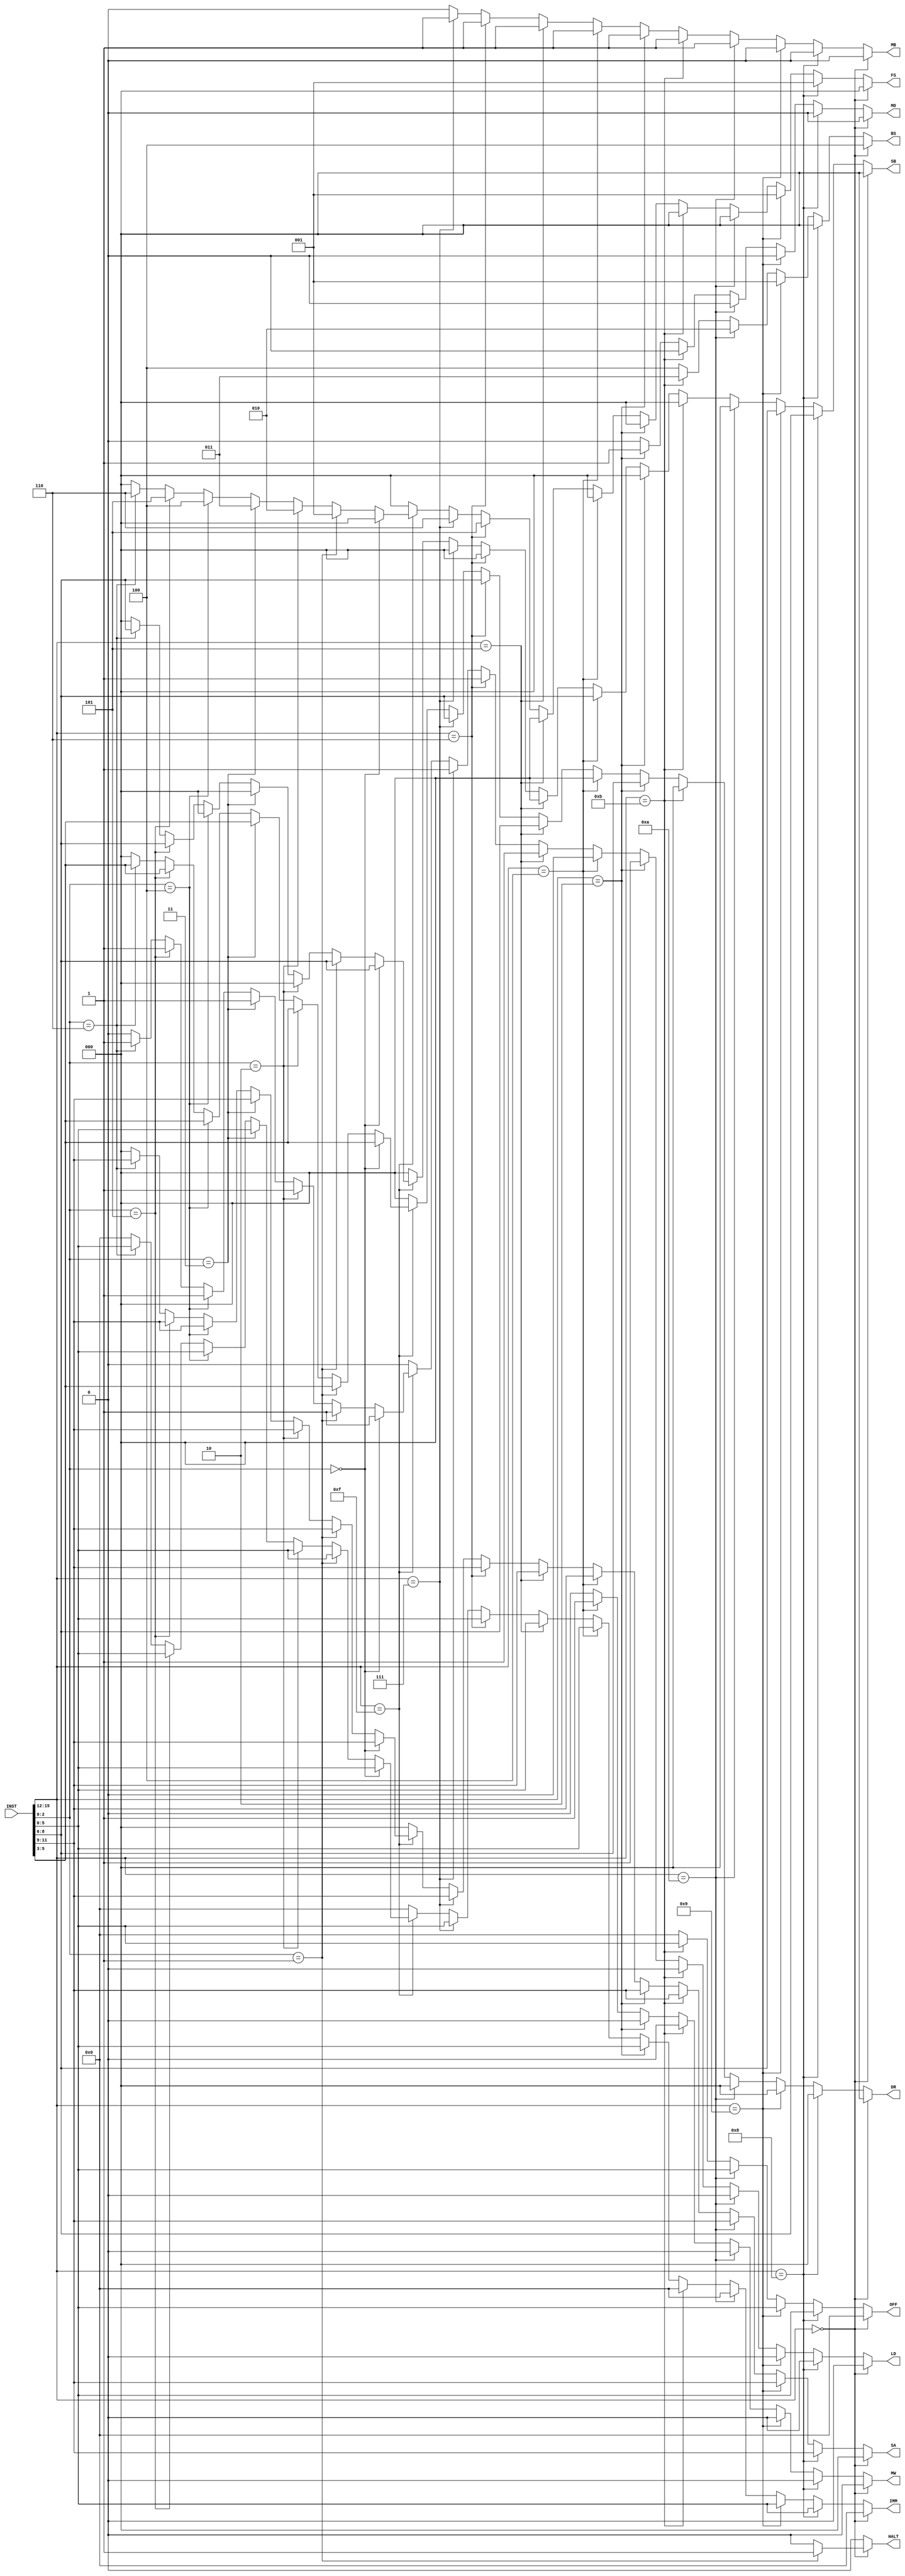
module decoder(INST, DR, SA, SB, IMM, MB, FS, MD, LD, MW, BS, OFF, HALT);

	input [15:0]INST;
	output [2:0]BS;
	output [5:0]OFF;
	output HALT;
	
	
	output [2:0]  DR;
	output [2:0]  SA;
	output [2:0]  SB;
	output [5:0]  IMM;
	output        MB;
	output [2:0]  FS;
	output        MD;
	output        LD;
	output        MW;
	
	
	reg [2:0]  DR;
	reg [2:0]  SA;
	reg [2:0]  SB;
	reg [5:0]  IMM;
	reg        MB;
	reg [2:0]  FS;
	reg        MD;
	reg        LD;
	reg        MW;
	reg        HALT;
	reg [5:0]  OFF;
	reg [2:0]  BS;
	
   wire [3:0]OP;
	wire [2:0]RS;
	wire [2:0]RT;
	wire [2:0]RD;
	wire [2:0]FUNCT;
	
	
	assign OP  =  INST[15:12];
	assign RS = INST[11:9];
	assign RT = INST[8:6];
	assign RD = INST[5:3];
	assign FUNCT = INST[2:0];
	
	
	
	always@(*) begin
	if(OP == 4'b0000) begin
		if(FUNCT == 3'b001) begin
		DR = 3'b000; 
		SA = 3'b000;
		SB = 3'b000; 
		IMM = 6'b000000;
		MB = 0; 
		FS = 3'b000; 
		MD = 0; 
		LD = 0; 
		MW = 0; 
		HALT = 1;
		BS = 3'b100;
		OFF = 6'b000000;
		end
		else begin
		DR = 3'b000; 
		SA = 3'b000;
		SB = 3'b000; 
		IMM = 6'b000000;
		MB = 0; 
		FS = 3'b000; 
		MD = 0; 
		LD = 0; 
		MW = 0; 
		HALT = 0;
		BS = 3'b100;
		OFF = 6'b000000;
		end
	end
	
	else if(OP == 4'b1000)begin // BEQ  Z
		DR = 3'b000; //XXX 
		SA = RS;
		SB = RT; 
		IMM = INST[5:0];
		MB = 0; 
		FS = 3'b001; 
		MD = 0; //X
		LD = 0; 
		MW = 0; 
		HALT = 0;
		BS = 3'b000;
		OFF = INST[5:0];
	end
	
	else if(OP == 4'b1001)begin // BNE  not Z
		DR = 3'b000; //XXX 
		SA = RS;
		SB = RT; 
		IMM = INST[5:0];
		MB = 0; 
		FS = 3'b001; 
		MD = 0; //X
		LD = 0; 
		MW = 0; 
		HALT = 0;
		BS = 3'b001;
		OFF = INST[5:0];
	end
	
	else if(OP == 4'b1010)begin // BGEZ  not N
		DR = 3'b000; //XXX 
		SA = RS;
		SB = 3'b000; //XXX 
		IMM = 6'b000000;
		MB = 1; 
		FS = 3'b000; 
		MD = 0; //X
		LD = 0; 
		MW = 0; 
		HALT = 0;
		BS = 3'b010;
		OFF = INST[5:0];
	end
	
	else if(OP == 4'b1011)begin // BLTZ  N
		DR = 3'b000; //XXX 
		SA = RS;
		SB = 3'b000; //XXX 
		IMM = 6'b000000;
		MB = 1; 
		FS = 3'b000; 
		MD = 0; //X
		LD = 0; 
		MW = 0; 
		HALT = 0;
		BS = 3'b011;
		OFF = INST[5:0];
	end
	
	else if(OP == 4'b0010)begin
	DR = RT; 
   SA = RS;
   SB = 3'b000; //XXX
   IMM = INST[5:0]; //IMM
   MB = 1; 
   FS = 3'b000; //ADD
   MD = 1; 
   LD = 1; //1
   MW = 0; 
	HALT = 0;
	BS = 3'b100;
	OFF = 6'b000000;
	end
	else if(OP == 4'b0100)begin
	DR = 3'b000; //XXX 
   SA = RS;
   SB = RT; 
   IMM = INST[5:0]; //IMM
   MB = 1; //1
   FS = 3'b000; //ADD
   MD = 0; //X 
   LD = 0; 
   MW = 1; //1 
	HALT = 0;
	BS = 3'b100;
	OFF = 6'b000000;
	end
	else if(OP == 4'b0101)begin
	DR = RT; 
   SA = RS;
   SB = 3'b000;//XXX 
   IMM = INST[5:0]; //IMM
   MB = 1; //1
   FS = 3'b000; //ADD
   MD = 0; 
   LD = 1; //1
   MW = 0;  
	HALT = 0;
	BS = 3'b100;
	OFF = 6'b000000;
	end
	else if(OP == 4'b0110)begin
	DR = RT; 
   SA = RS;
   SB = 3'b000;//XXX 
   IMM = INST[5:0]; //IMM
   MB = 1; //1
   FS = 3'b101; //AND
   MD = 0; 
   LD = 1; //1
   MW = 0;  
	HALT = 0;
	BS = 3'b100;
	OFF = 6'b000000;
	end
	else if(OP == 4'b0111)begin
	DR = RT; 
   SA = RS;
   SB = 3'b000;//XXX 
   IMM = INST[5:0]; //IMM
   MB = 1; //1
   FS = 3'b110; //AND
   MD = 0; 
   LD = 1; //1
   MW = 0;  
	HALT = 0;
	BS = 3'b100;
	OFF = 6'b000000;
	end
	else if(OP == 4'b1111)begin
		if(FUNCT == 3'b000) begin
		DR = RD;  
      SA = RS;
      SB = RT;
      IMM = INST[5:0]; 
      MB = 0; 
      FS = 3'b000;
      MD = 0; 
      LD = 1; 
      MW = 0;
		HALT = 0;
		BS = 3'b100;
		OFF = 6'b000000;
		end
		else if(FUNCT == 3'b001) begin
		DR = RD;  
      SA = RS;
      SB = RT;
      IMM = INST[5:0]; 
      MB = 0; 
      FS = 3'b001;
      MD = 0; 
      LD = 1; 
      MW = 0;
		HALT = 0;
		BS = 3'b100;
		OFF = 6'b000000;
		end
		else if(FUNCT == 3'b010) begin
		DR = RD;  
      SA = RS;
      SB = 3'b000; //XXX
      IMM = INST[5:0]; 
      MB = 0; //X
      FS = 3'b010;
      MD = 0; 
      LD = 1; 
      MW = 0;
		HALT = 0;
		BS = 3'b100;
		OFF = 6'b000000;
		end
		else if(FUNCT == 3'b011) begin
		DR = RD;  
      SA = RS;
      SB = 3'b000; //XXX
      IMM = INST[5:0]; 
      MB = 0; //X
      FS = 3'b011;
      MD = 0; 
      LD = 1; 
      MW = 0;
		HALT = 0;
		BS = 3'b100;
		OFF = 6'b000000;
		end
		else if(FUNCT == 3'b100) begin
		DR = RD;  
      SA = RS;
      SB = 3'b000; //XXX
      IMM = INST[5:0]; 
      MB = 0; //X
      FS = 3'b100;
      MD = 0; 
      LD = 1; 
      MW = 0;
		HALT = 0;
		BS = 3'b100;
		OFF = 6'b000000;
		end
		else if(FUNCT == 3'b101) begin
		DR = RD;  
      SA = RS;
      SB = RT;
      IMM = INST[5:0]; 
      MB = 0; 
      FS = 3'b101;
      MD = 0; 
      LD = 1; 
      MW = 0;
		HALT = 0;
		BS = 3'b100;
		OFF = 6'b000000;
		end
		else if(FUNCT == 3'b110) begin
		DR = RD;  
      SA = RS;
      SB = RT;
      IMM = INST[5:0]; 
      MB = 0; 
      FS = 3'b110;
      MD = 0; 
      LD = 1; 
      MW = 0;
		HALT = 0;
		BS = 3'b100;
		OFF = 6'b000000;
		end
		else begin
		DR = 3'b000; 
      SA = 3'b000;
      SB = 3'b000; 
      IMM = 6'b000000;
      MB = 0; 
      FS = 3'b000; 
      MD = 0; 
      LD = 0; 
      MW = 0; 
		HALT = 0;
		BS = 3'b100;
		OFF = 6'b000000;
		end
		
		end
	else begin
	DR = 3'b000; 
   SA = 3'b000;
   SB = 3'b000; 
   IMM = 6'b000000;
   MB = 0; 
   FS = 3'b000; 
   MD = 0; 
   LD = 0; 
   MW = 0; 
	HALT = 0;
	BS = 3'b100;
	OFF = 6'b000000;
	end
	
	end
	
	
	

endmodule